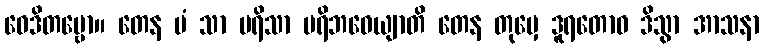
ဝေဒိတဗ္ဗော။ တေန မံ သာ ပရိသာ ပရိဘဝေယျာတိ တေန တုမှေ ဒူရတောဝ ဒိသွာ အာသနာ